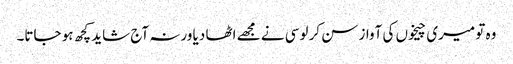
وہ تو میری چیخوں کی آواز سن کر لوسی نے مجھے اٹھا دیا ورنہ آج شاید کچھ ہو جاتا۔